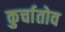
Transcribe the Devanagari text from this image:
कुर्चातोव